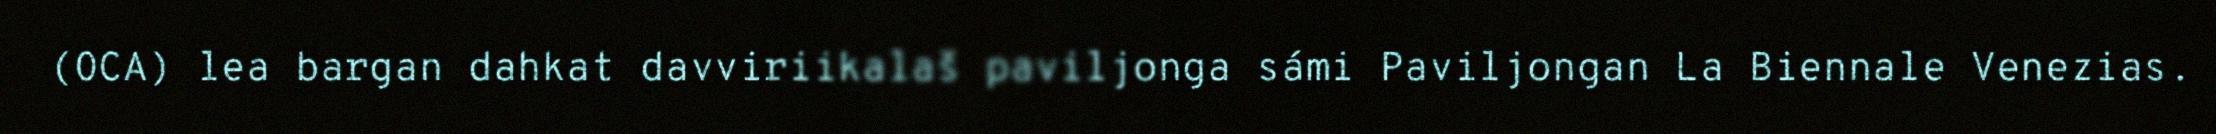
(OCA) lea bargan dahkat davviriikalaš paviljonga sámi Paviljongan La Biennale Venezias.